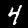
Digit: 4